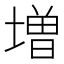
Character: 増